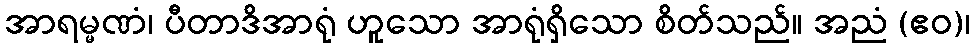
အာရမ္မဏံ၊ ပီတာဒိအာရုံ ဟူသော အာရုံရှိသော စိတ်သည်။ အညံ (ဧဝ)၊